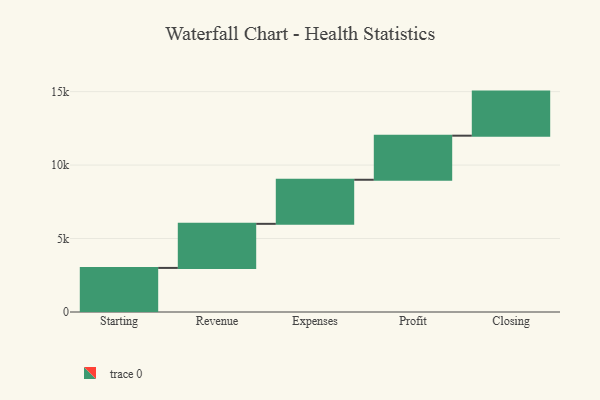
{"axis": {"x": "Step", "y": "Value"}, "legend": [""], "data": [{"x": "Starting", "y": 3000, "type": ""}, {"x": "Revenue", "y": 3000, "type": ""}, {"x": "Expenses", "y": 3000, "type": ""}, {"x": "Profit", "y": 3000, "type": ""}, {"x": "Closing", "y": 3000, "type": ""}]}